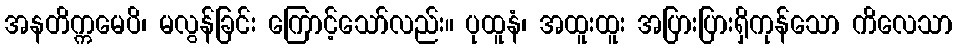
အနတိက္ကမေပိ၊ မလွန်ခြင်း ကြောင့်သော်လည်း။ ပုထူနံ၊ အထူးထူး အပြားပြားရှိကုန်သော ကိလေသာ